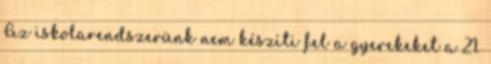
Az iskolarendszerünk nem készíti fel a gyerekeket a 21.